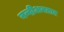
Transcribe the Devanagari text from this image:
नन्दीअवतार